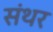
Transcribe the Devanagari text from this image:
संथर